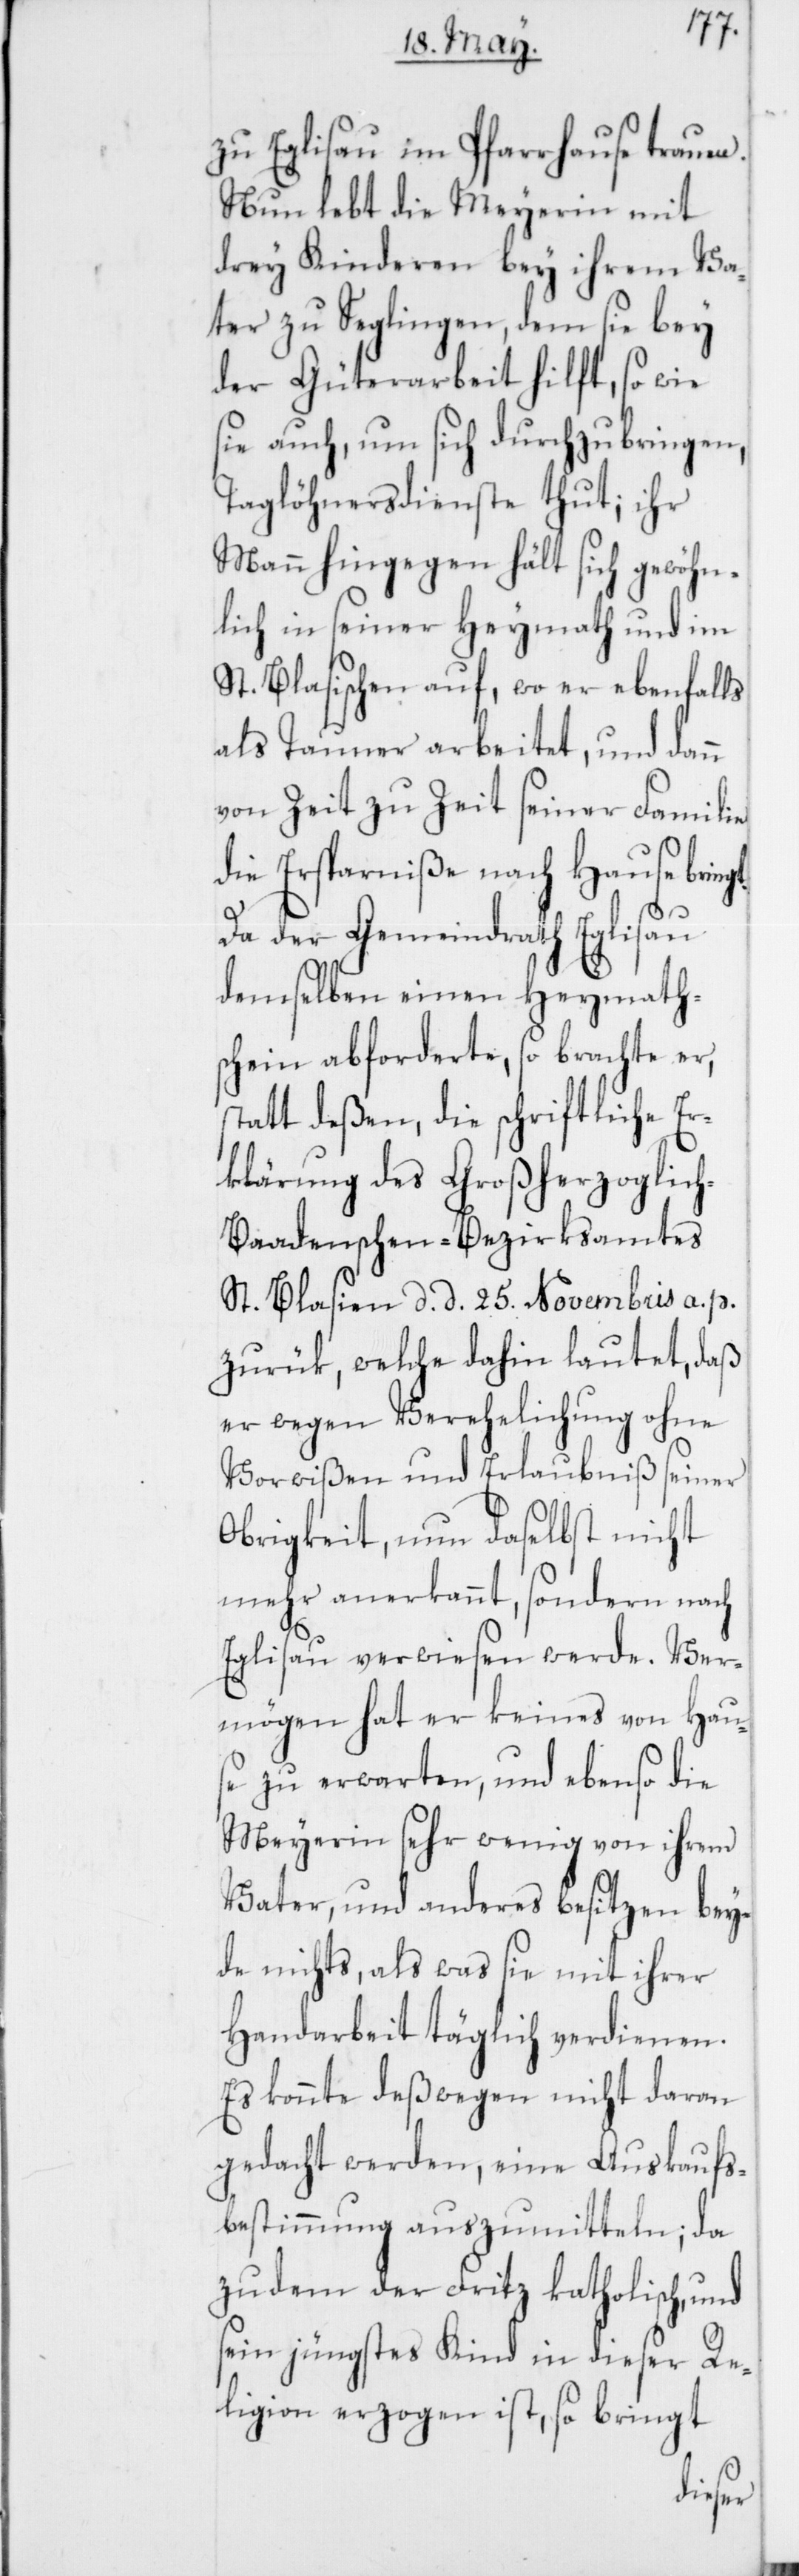
t.
zu Eglisau im Pfarrhause trauen.
Nun lebt die Meyerin mit
drey Kinderen bey ihrem Va¬
ter zu Seglingen, dem sie bey
der Güterarbeit hilft, so wie
sie auch, um sich durchzubringen,
Taglöhnersdienste thut; ihr
Mann hingegen hält sich gewöhn¬
lich in seiner Heymath und im
St. Blasischen auf, wo er ebenfalls
als Tauner arbeitet, und dann
von Zeit zu Zeit seiner Familie
die Ersparniße nach Hause bring¬
Da der Gemeindrath Eglisau
demselben einen Heymath¬
schein abforderte, so brachte er,
statt deßen, die schriftliche Er¬
klärung des Großherzoglic¬
h-Baadenschen-Bezirksamtes
St. Blasien, d. d. 25. Novembris a. p.
zurük, welche dahin lautet, daß
er wegen Verehelichung ohne
Vorwißen und Erlaubniß seiner
Obrigkeit, nun daselbst nicht
mehr anerkannt, sondern nach
Eglisau verwiesen werde. Ver¬
mögen hat er keines von Hau¬
se zu erwarten, und ebenso die
Meyerin sehr wenig von ihrem
Vater, und anderes besitzen bey¬
de nichts, als was sie mit ihrer
Handarbeit täglich verdienen.
Es konnte deßwegen nicht daran
gedacht werden, eine Auskaufs¬
bestimmung auszumitteln; da
zudem der Fritz katholisch, und
sein jüngstes Kind in dieser Re¬
ligion erzogen ist, so bringt